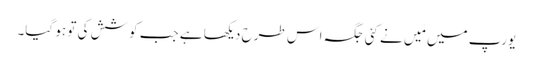
یورپ میں مَیں نے کئی جگہ اس طرح دیکھا ہے جب کوشش کی تو ہو گیا۔